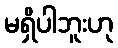
မရှိပါဘူးဟု